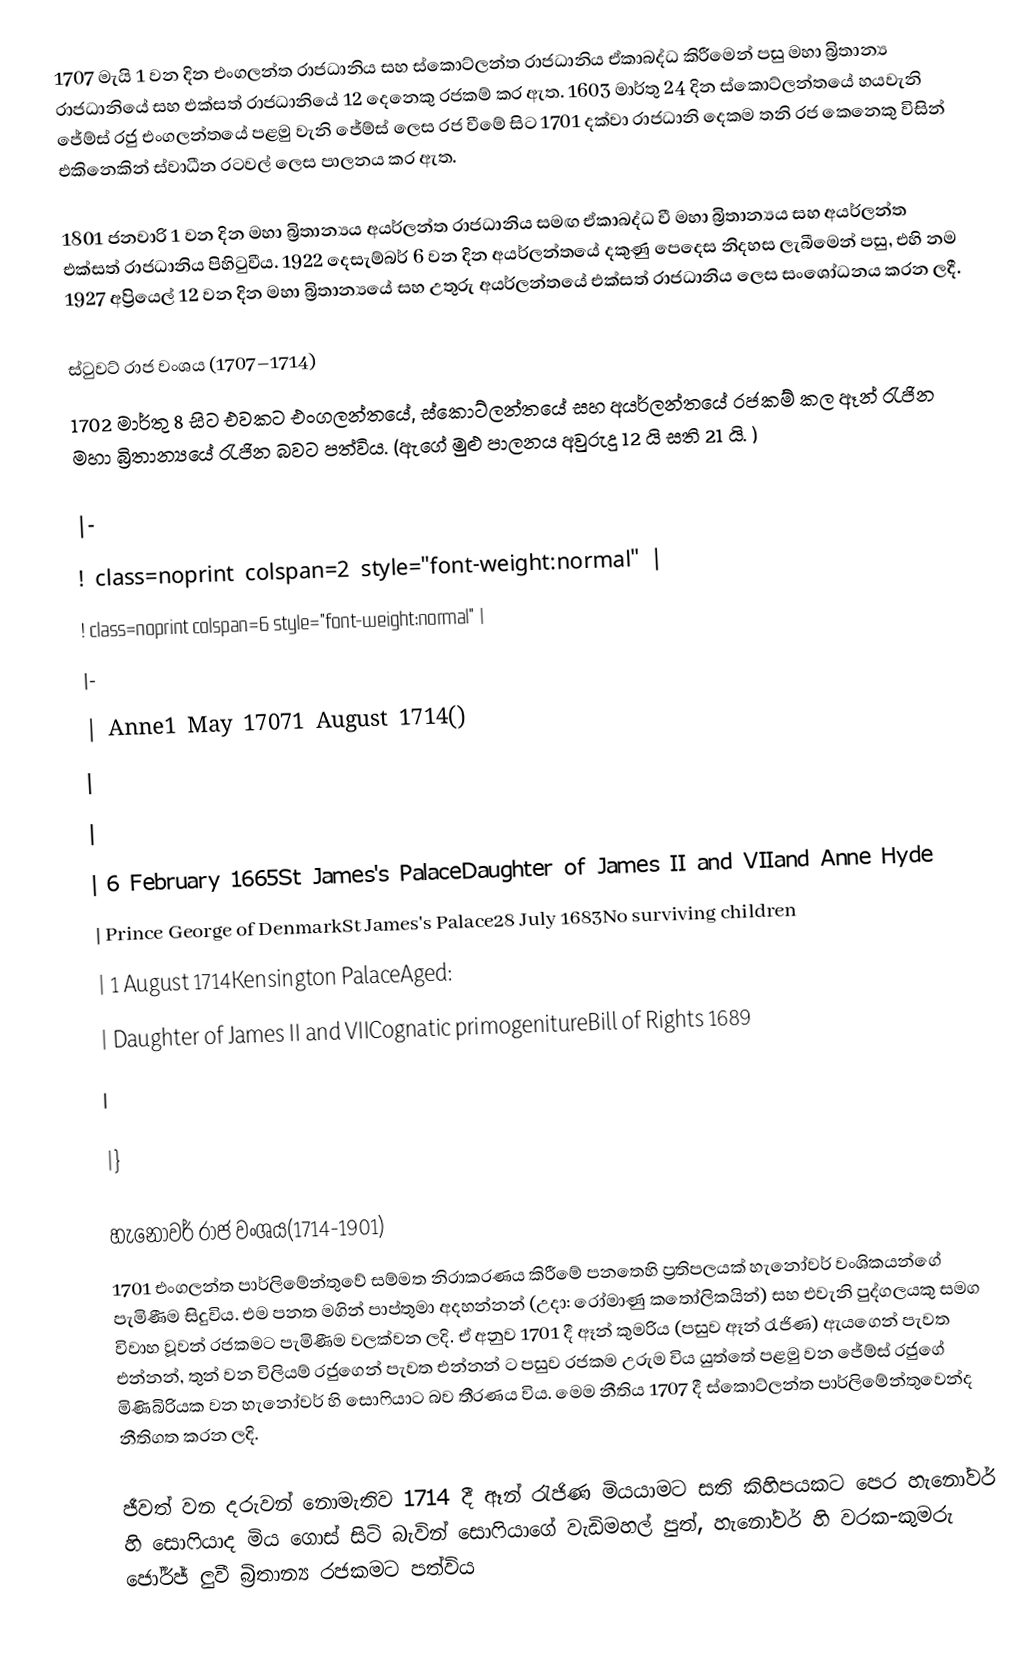
1707 මැයි 1 වන දින එංගලන්ත රාජධානිය සහ ස්කොට්ලන්ත රාජධානිය ඒකාබද්ධ කිරීමෙන් පසු මහා බ්‍රිතාන්‍ය රාජධානියේ සහ එක්සත් රාජධානියේ  12 දෙනෙකු රජකම් කර ඇත. 1603 මාර්තු 24 දින ස්කොට්ලන්තයේ හයවැනි ජේම්ස් රජු එංගලන්තයේ පළමු වැනි ජේම්ස් ලෙස රජ වීමේ සිට 1701 දක්වා රාජධානි දෙකම තනි රජ කෙනෙකු විසින් එකිනෙකින් ස්වාධීන රටවල් ලෙස පාලනය කර ඇත.

1801 ජනවාරි 1 වන දින මහා බ්‍රිතාන්‍යය අයර්ලන්ත රාජධානිය සමඟ ඒකාබද්ධ වී මහා බ්‍රිතාන්‍යය සහ අයර්ලන්ත එක්සත් රාජධානිය පිහිටුවීය. 1922 දෙසැම්බර් 6 වන දින අයර්ලන්තයේ දකුණු පෙදෙස  නිදහස ලැබීමෙන් පසු, එහි නම 1927 අප්‍රියෙල් 12 වන දින මහා බ්‍රිතාන්‍යයේ සහ උතුරු අයර්ලන්තයේ එක්සත් රාජධානිය ලෙස සංශෝධනය කරන ලදී.

ස්ටුවට් රාජ වංශය (1707–1714)
1702 මාර්තු 8 සිට එවකට එංගලන්තයේ, ස්කොට්ලන්තයේ සහ අයර්ලන්තයේ රජකම් කල ඈන් රැජින මහා බ්‍රිතාන්‍යයේ රැජින බවට පත්විය. (ඇගේ මුළු පාලනය අවුරුදු 12 යි සති 21 යි. )

|-
! class=noprint colspan=2 style="font-weight:normal" |
! class=noprint colspan=6 style="font-weight:normal" |
|-
| Anne1 May 17071 August 1714()
|
|
| 6 February 1665St James's PalaceDaughter of James II and VIIand Anne Hyde
| Prince George of DenmarkSt James's Palace28 July 1683No surviving children
| 1 August 1714Kensington PalaceAged:
| Daughter of James II and VIICognatic primogenitureBill of Rights 1689
|

|}

හැනෝවර් රාජ වංශය(1714-1901)
1701 එංගලන්ත පාර්ලිමේන්තුවේ සම්මත නිරාකරණය කිරීමේ පනතෙහි ප්‍රතිපලයක් හැනෝවර් වංශිකයන්ගේ පැමිණීම සිදුවිය. එම පනත මගින් පාප්තුමා අදහන්නන් (උදා: රෝමාණු කතෝලිකයින්) සහ එවැනි පුද්ගලයකු සමග විවාහ වූවන් රජකමට පැමිණීම වලක්වන ලදි. ඒ අනුව 1701 දී ඈන් කුමරිය (පසුව ඈන් රැජිණ) ඇයගෙන් පැවත එන්නන්, තුන් වන විලියම් රජුගෙන් පැවත  එන්නන් ට පසුව  රජකම උරුම විය යුත්තේ පළමු වන ජේම්ස් රජුගේ මිණිබිරියක වන හැනෝවර් හි සොෆියාට බව තීරණය විය. මෙම නීතිය 1707 දී ස්කොට්ලන්ත පාර්ලිමේන්තුවෙන්ද නීතිගත කරන ලදි.

ජීවත් වන දරුවන් නොමැතිව 1714 දී ඈන් රැජිණ මියයාමට සති කිහිපයකට පෙර හැනෝවර් හි සොෆියාද මිය ගොස් සිටි බැවින් සොෆියාගේ වැඩිමහල් පුත්, හැනෝවර් හි වරක-කුමරු ජෝර්ජ් ලුවී බ්‍රිතාන්‍ය රජකමට පත්විය